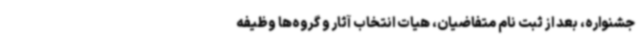
جشنواره، بعد از ثبت نام متفاضیان، هیات انتخاب آثار و گروه‌ها وظیفه